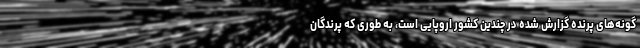
گونه‌های پرنده گزارش شده در چندین کشور اروپایی است، به طوری که پرندگان